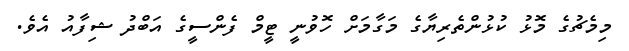
މިމެޗުގެ މޮޅު ކުޅުންތެރިޔާގެ މަގާމަށް ހޮވުނީ ޓީމް ފެންސީގެ އަބްދު ޝިފާއު އެވެ.